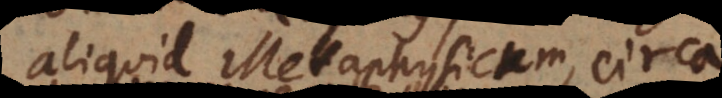
aliquid Metaphysicum, circa